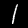
Digit: 1